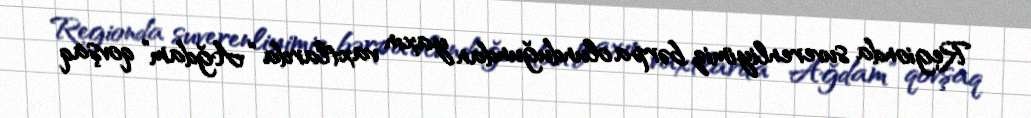
Regionda suverenliyimiz bərpa olunduğundan yaxın vaxtlarda “Ağdam” qovşaq